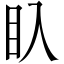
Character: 𥃱